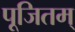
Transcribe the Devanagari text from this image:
पूजितम्